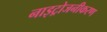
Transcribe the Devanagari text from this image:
नाइट्रोजनीकरण